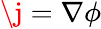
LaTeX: \j=\nabla\phi